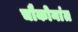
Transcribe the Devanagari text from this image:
चौकोनांत